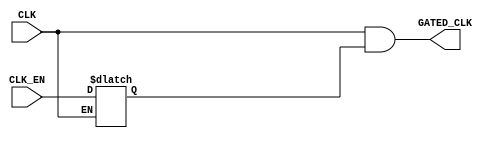
// TYPE: module
// DEPARTMENT: communication and electronics department
// AUTHOR EMAIL: mina.hannaone@gmail.com
//------------------------------------------------
// Release history
// VERSION DATE AUTHOR DESCRIPTION
// 1.0 15/8/2022 Mina Hanna final version
//------------------------------------------------
// KEYWORDS: clock gating, low power applications, latch based clock gating
//------------------------------------------------
// PURPOSE: clock gating for the alu\
//////////////////defining inputs and output port////////////////////
module CLK_GATE (
input      CLK_EN,
input      CLK,
output     GATED_CLK
);

//internal connections
reg     Latch_Out ;

//latch (Level Sensitive Device)
always @(CLK or CLK_EN)
 begin
  if(!CLK)      // active low
   begin
    Latch_Out <= CLK_EN ;
   end
 end
 
 
// ANDING
assign  GATED_CLK = CLK && Latch_Out ;


endmodule